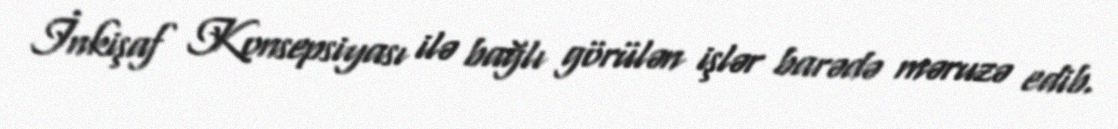
İnkişaf Konsepsiyası ilə bağlı görülən işlər barədə məruzə edib.